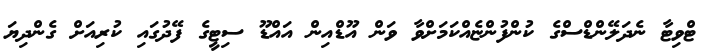
ޓްވިޓާ ނެދަލޭންޑްސްގެ ކުންފުންޏެއްކަމަށްވާ ވަން އޫޑްއިން އައްޑޫ ސިޓީގެ ފޭދުގައި ކުރިއަށް ގެންދިޔަ